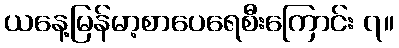
ယနေ့မြန်မာ့စာပေရေစီးကြောင်း ၇။